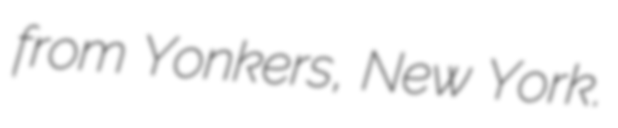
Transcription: from Yonkers, New York.